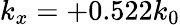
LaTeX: k_{x}=+0.522k_{0}